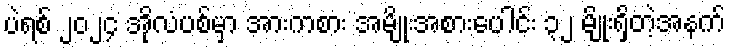
ပဲရစ် ၂၀၂၄ အိုလံပစ်မှာ အားကစား အမျိုးအစားပေါင်း ၃၂ မျိုးရှိတဲ့အနက်